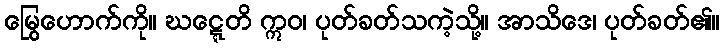
မြွေဟောက်ကို။ ဃဋ္ဋေတိ ဣဝ၊ ပုတ်ခတ်သကဲ့သို့။ အာသိဒေ၊ ပုတ်ခတ်၏။